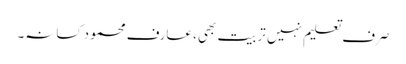
صرف تعلیم نہیں تربیت بھی، عارف محمود کسانہ۔